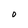
Character: O